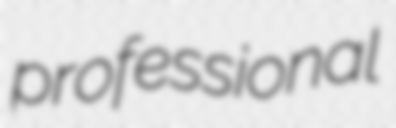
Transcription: professional